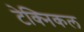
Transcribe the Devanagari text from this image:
टेक्‍निकल